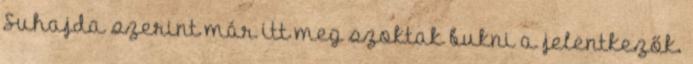
Suhajda szerint már itt meg szoktak bukni a jelentkezők.